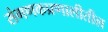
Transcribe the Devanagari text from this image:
संगणकप्रणालीतील